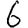
Digit: 6